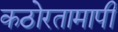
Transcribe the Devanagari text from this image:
कठोरतामापी